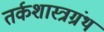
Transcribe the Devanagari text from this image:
तर्कशास्त्रग्रंथ